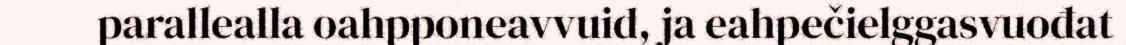
parallealla oahpponeavvuid, ja eahpečielggasvuođat